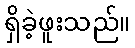
ရှိခဲ့ဖူးသည်။